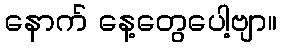
နောက် နေ့တွေပေါ့ဗျာ။